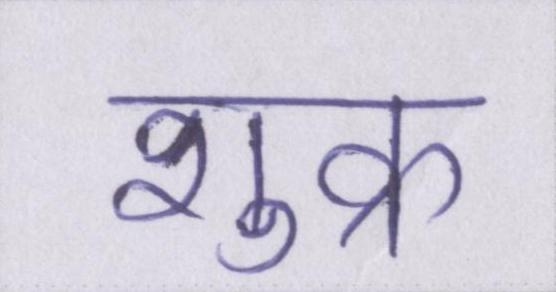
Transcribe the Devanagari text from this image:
शुक्र